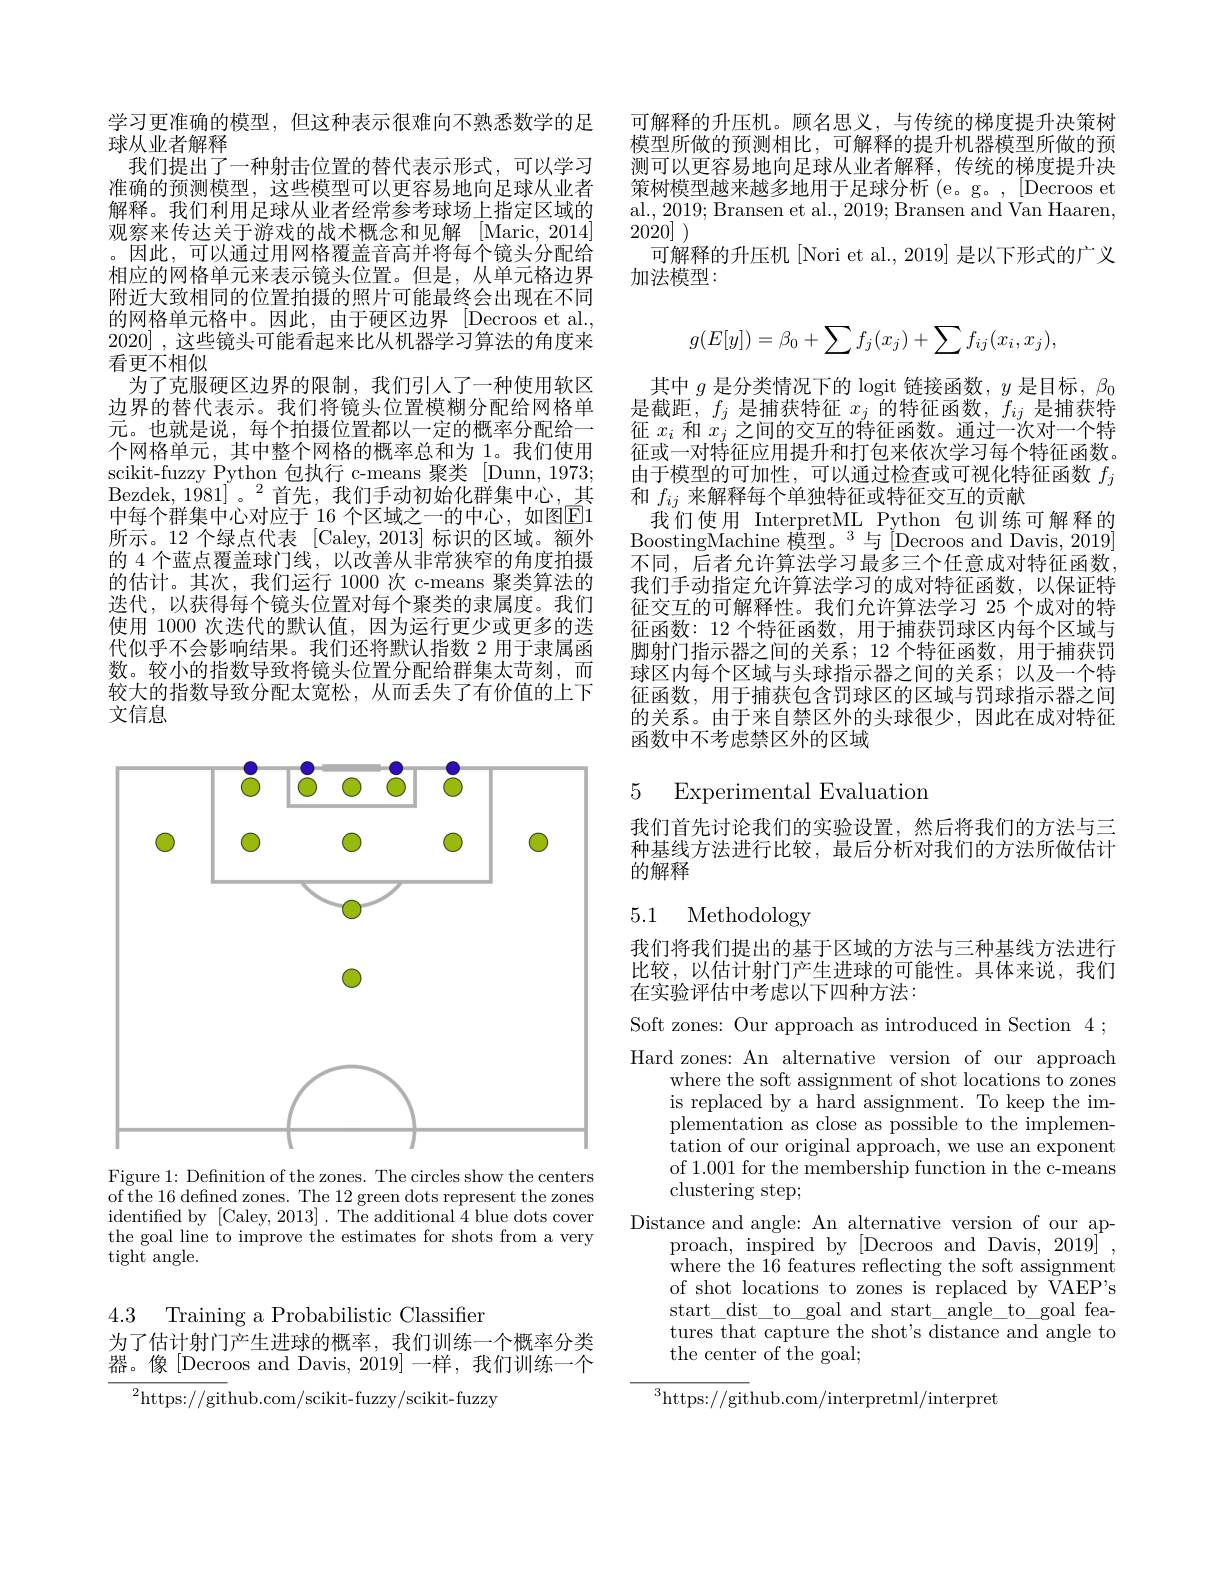
学习更准确的模型，但这种表示很难向不熟悉数学的足
球从业者解释
我们提出了一种射击位置的替代表示形式，可以学习准确的预测模型，这些模型可以更容易地向足球从业者解释。我们利用足球从业者经常参考球场上指定区域的观察来传达关于游戏的战术概念和见解[Maric,2014] 。因此，可以通过用网格覆盖音高并将每个镜头分配给相应的网格单元来表示镜头位置。但是，从单元格边界附近大致相同的位置拍摄的照片可能最终会出现在不同的网格单元格中。因此，由于硬区边界[Decroos et al., 2020] ,这些镜头可能看起来比从机器学习算法的角度来看更不相似
为了克服硬区边界的限制，我们引人了一种使用软区边界的替代表示。我们将镜头位置模糊分配给网格单元。也就是说，每个拍摄位置都以一定的概率分配给一个网格单元，其中整个网格的概率总和为 1。我们使用scikit-fuzzy Python 包执行 c-means 聚类 [Dunn,1973; Bezdek, 1981]。$^2$首先，我们手动初始化群集中心，其中每个群集中心对应于 16 个区域之一的中心，如图$\boxed{\mathrm{E}}1$ 所示。12 个绿点代表 [Caley, 2013] 标识的区域。额外的 4 个蓝点覆盖球门线，以改善从非常狭窄的角度拍摄的估计。其次，我们运行 1000 次 c-means 聚类算法的迭代，以获得每个镜头位置对每个聚类的隶属度。我们使用 1000 次迭代的默认值，因为运行更少或更多的迭代似乎不会影响结果。我们还将默认指数 2 用于隶属函数。较小的指数导致将镜头位置分配给群集太苛刻，而较大的指数导致分配太宽松，从而丢失了有价值的上下文信息

<FigureHere>

Figure 1: Definition of the zones. The circles show the centers of the 16 defined zones. The 12 green dots represent the zones identified by [Caley, 2013]. The additional 4 blue dots cover the goal line to improve the estimates for shots from a very tight angle.

4.3 Training a Probabilistic Classifier
为了估计射门产生进球的概率，我们训练一个概率分类器。像[Decroos and Davis,2019]一样，我们训练一个

${}^{2}$https://github.com/scikit-fuzzy/scikit-fuzzy

可解释的升压机。顾名思义，与传统的梯度提升决策树模型所做的预测相比，可解释的提升机器模型所做的预测可以更容易地向足球从业者解释，传统的梯度提升决策树模型越来越多地用于足球分析 (e。g。,[Decroos et al., 2019; Bransen et al., 2019; Bransen and Van Haaren, 2020]
可解释的升压机[Nori et al., 2019] 是以下形式的广义
加法模型：
$$g(E[y])=\beta_0+\sum f_j(x_j)+\sum f_{ij}(x_i,x_j),$$
其中$g$是分类情况下的 logit 链接函数，$y$是目标，$\beta_0$ $\begin{array}{c}\text{是截距，}f_j\text{ 是捕获特征 }x_j\text{ 的特征函数，}f_{ij}\text{ 是捕获特}\\\text{征 }x_i\text{ 和 }x_j\text{ 之间的交互的特征函数。通过一次对一个特}\end{array}$ 征或一对特征应用提升和打包来依次学习每个特征函数。由于模型的可加性，可以通过检查或可视化特征函数$f_j$ 和$f_{ij}$来解释每个单独特征或特征交互的贡献
我们使用 InterpretML Python 包训练可解释的$\tilde{\text{BoostingMachine 模型。}}^3$与$[\tilde{\text{Decroos and Davis, 2019}}]$ 不同，后者允许算法学习最多三个任意成对特征函数我们手动指定允许算法学习的成对特征函数，以保证特征交互的可解释性。我们允许算法学习 25 个成对的特征函数：12 个特征函数，用于捕获罚球区内每个区域与脚射门指示器之间的关系；12 个特征函数，用于捕获罚球区内每个区域与头球指示器之间的关系；以及一个特征函数，用于捕获包含罚球区的区域与罚球指示器之间的关系。由于来自禁区外的头球很少，因此在成对特征函数中不考虑禁区外的区域

# 5 Experimental Evaluation

我们首先讨论我们的实验设置，然后将我们的方法与三种基线方法进行比较，最后分析对我们的方法所做估计的解释

### 5.1 Methodology

我们将我们提出的基于区域的方法与三种基线方法进行比较，以估计射门产生进球的可能性。具体来说，我们在实验评估中考虑以下四种方法：

Soft zones: Our approach as introduced in Section 4 ; Hard zones: An alternative version of our approach
where the soft assignment of shot locations to zones is replaced by a hard assignment. To keep the implementation as close as possible to the implemen- ${\mathrm{tation~of~our~original~approach,~we~use~an~exponent}}$ of 1.001 for the membership function in the c-means clustering step;
Distance and angle: An alternative version of our ap-
proach, inspired by [Decroos and Davis, 2019]~, ${\mathrm{where~the~16~features~reflecting~the~soft~assignment}}$ of shot locations to zones is replaced by VAEP's start\_dist\_to\_goal and start\_angle\_to\_goal features that capture the shot's distance and angle to the center of the goal;

$^{3}$https://github.com/interpretml/interpret